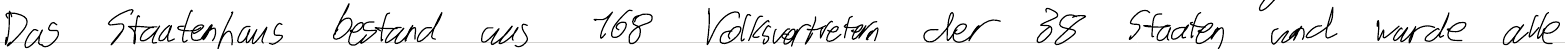
Das Staatenhaus bestand aus 168 Volksvertretern der 38 Staaten und wurde alle